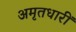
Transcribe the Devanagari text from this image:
अमृतधारीं